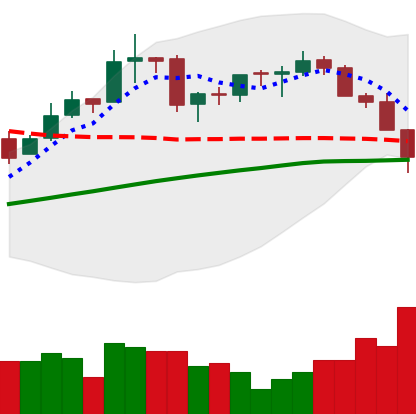
Ticker: BTC-USD
Chart end date: 2016-03-05
Forward return: 4.134%
Label: up_3_5